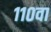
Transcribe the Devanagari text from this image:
११०वा